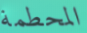
المحطمة